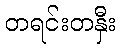
တရင်းတနှီး